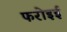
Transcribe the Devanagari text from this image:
फरोइई